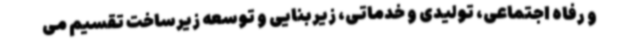
و رفاه اجتماعی، تولیدی و خدماتی، زیربنایی و توسعه زیرساخت تقسیم می